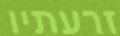
זרעתיו